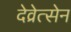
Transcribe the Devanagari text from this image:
देव्रेत्सेन